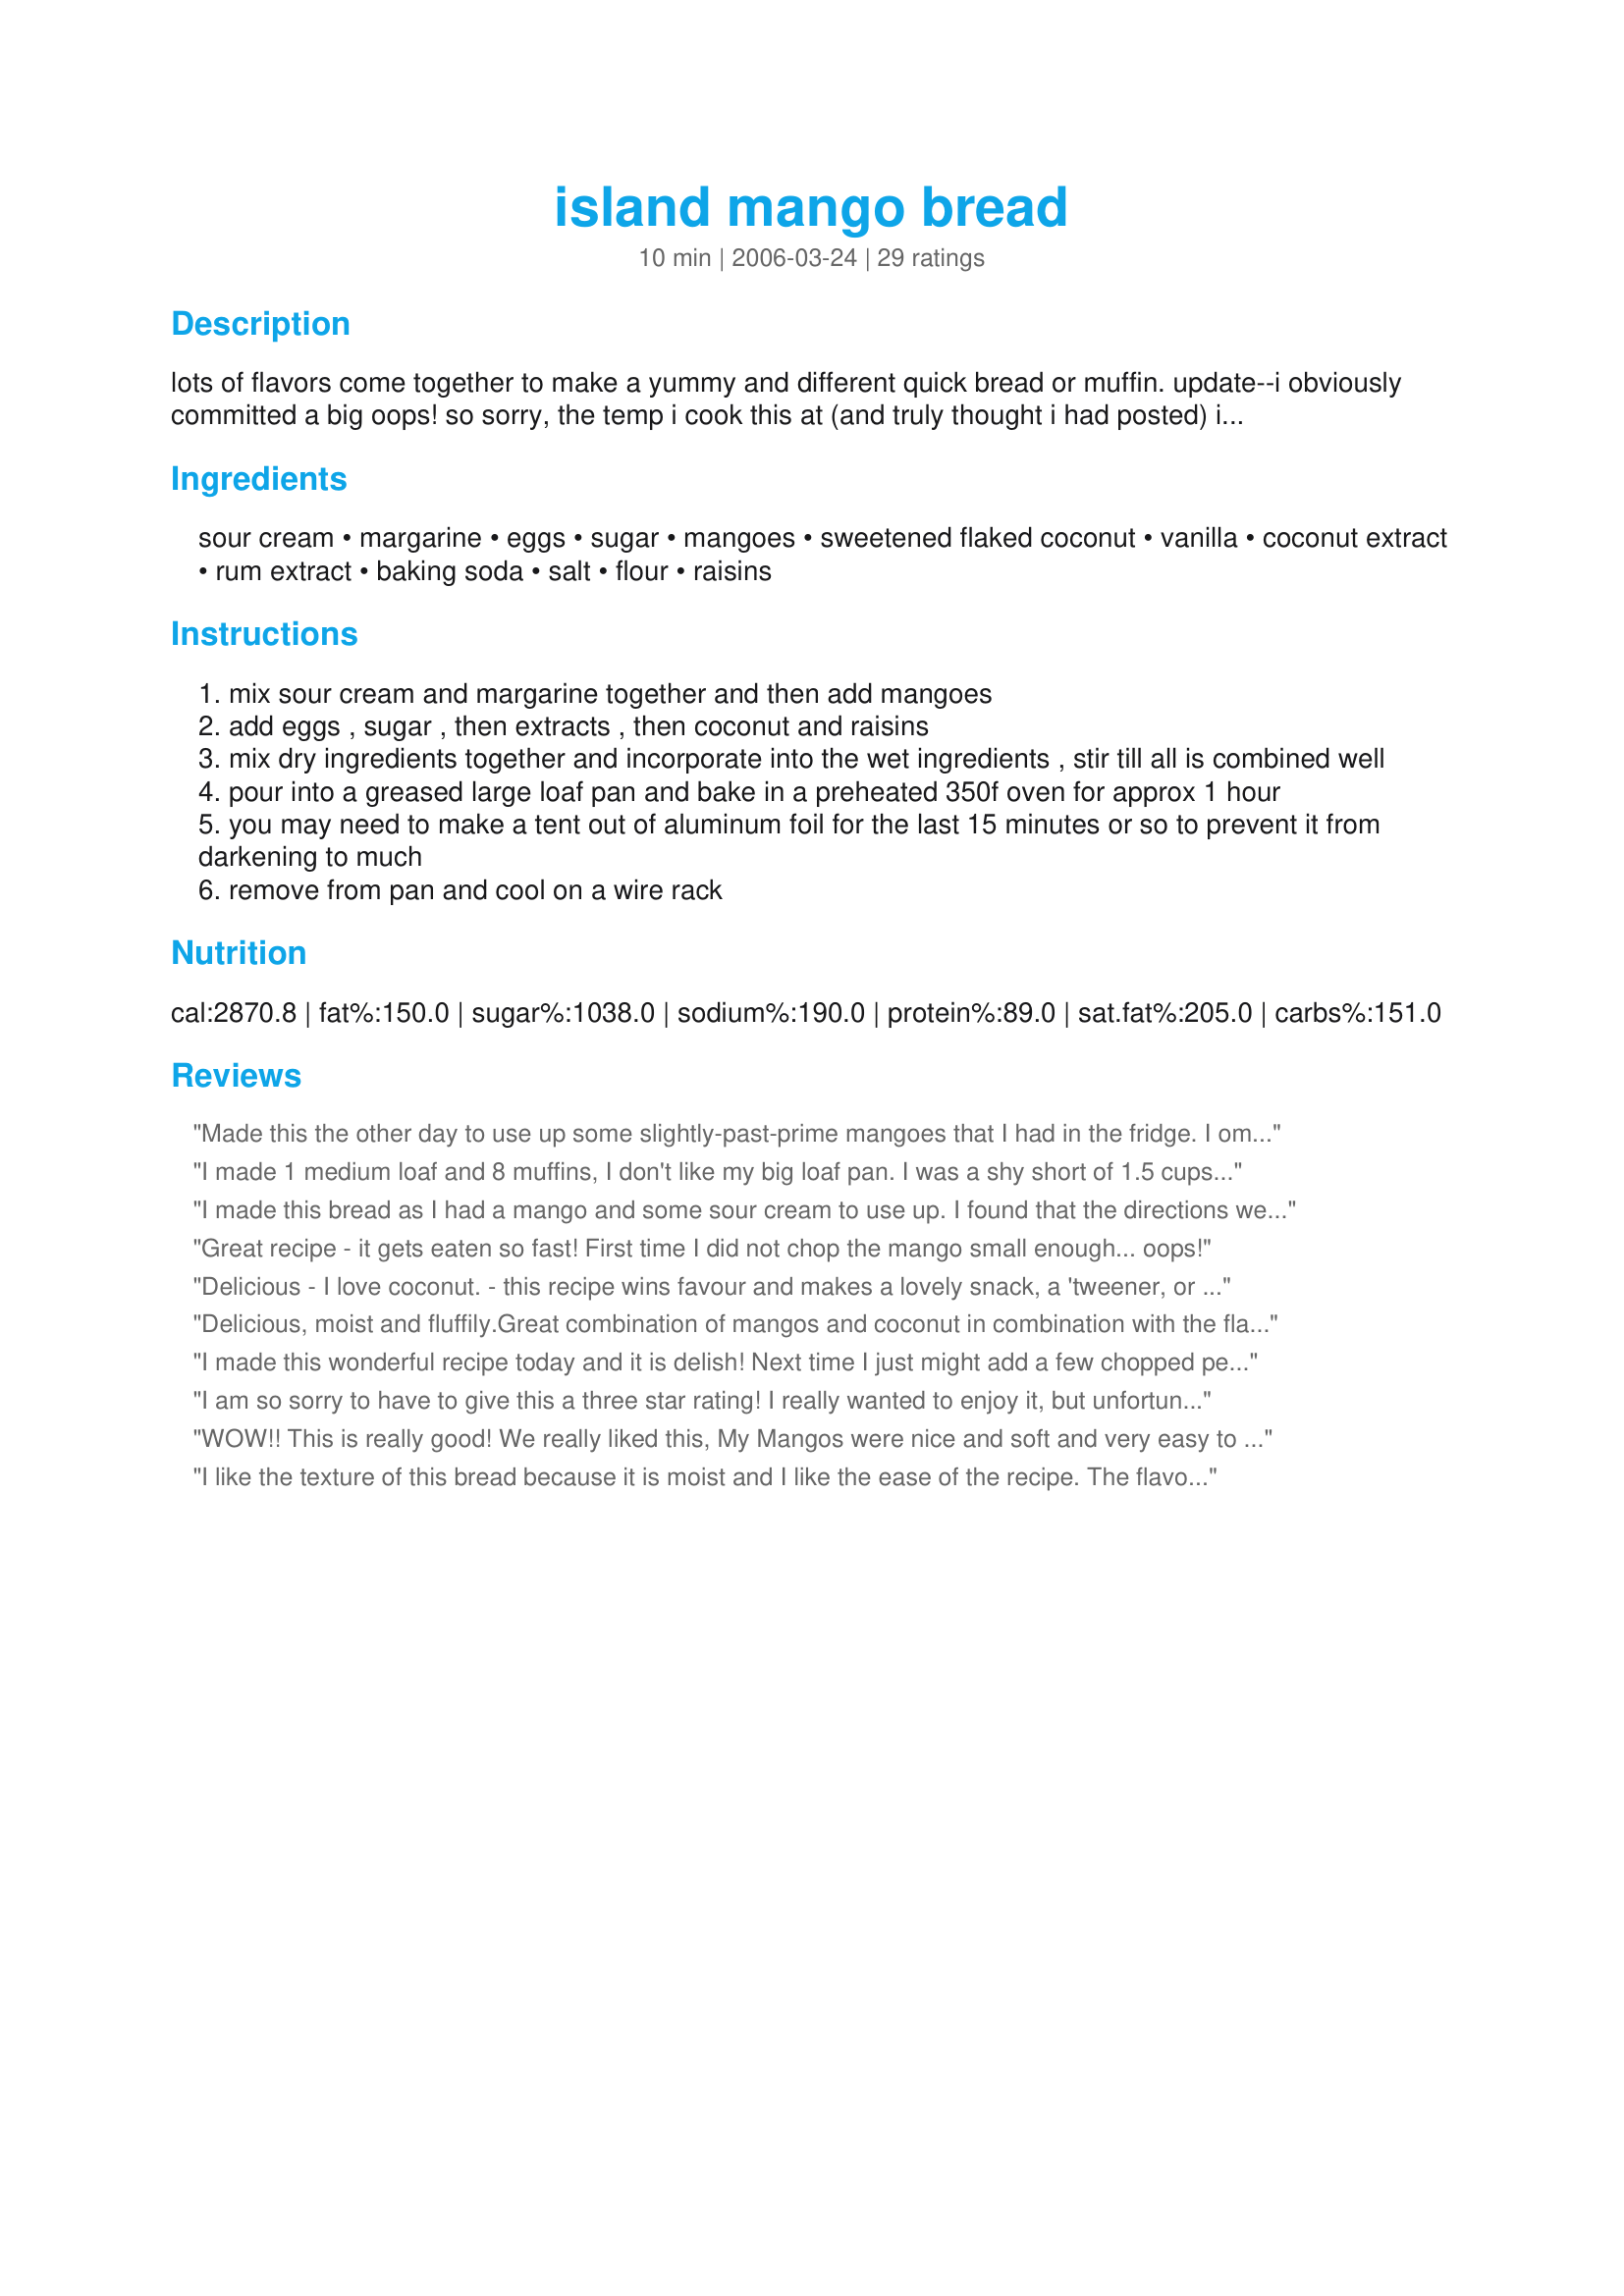
island mango bread
Preparation time: 10 minutes

lots of flavors come together to make a yummy and different quick bread or muffin.

update--i obviously committed a big oops! so sorry, the temp i cook this at (and truly thought i had posted) is 350°f. i am so sorry to have omitted that important fact and hope it didn't ruin the outcome of anyone's bread.

Ingredients:
sour cream, margarine, eggs, sugar, mangoes, sweetened flaked coconut, vanilla, coconut extract, rum extract, baking soda, salt, flour, raisins

Steps:
mix sour cream and margarine together and then add mangoes
add eggs , sugar , then extracts , then coconut and raisins
mix dry ingredients together and incorporate into the wet ingredients , stir till all is combined well
pour into a greased large loaf pan and bake in a preheated 350f oven for approx 1 hour
you may need to make a tent out of aluminum foil for the last 15 minutes or so to prevent it from darkening to much
remove from pan and cool on a wire rack

Reviews:
Made this the other day to use up some slightly-past-prime mangoes that I had in the fridge. I omitted the raisins because I'm not really a fan, and I used some Malibu coconut rum instead of the rum extract (didn't have any). I was a tad worried that it wasn't going to turn out because it looked as though it was threatening to spill over onto the oven rack while it was baking, but it puffed up nicely and turned out just fine. I had to bake it for about 1 hour and 20 minutes for it to be done in the middle, but I didn't have to foil the edges (they browned nicely, but they weren't burnt at all). This was good fresh out of the oven, but it was spectacular the next day -- I toasted thick slices of it in my toaster oven, and spread them with Recipe#404355 -- yum! I'll definitely be making this again when I've got stray mangoes lying around, thanks for posting! Made for the All You Can Cook Buffet tag event
I made 1 medium loaf and 8 muffins, I don't like my big loaf pan. I was a shy short of 1.5 cups mango so I added a very small peach skin and all. I mixed the wet ingredients and let them sit while I showered before I added the dry thinking it might be good for the raisins. Very nice muffin/quick bread thanks! I hope my kids enjoy it for snack time. thanks.
I made this bread as I had a mango and some sour cream to use up. I found that the directions were very vague with this recipe and it seemed that each cook interpret it a different way. I used butter, Splenda instead of sugar, left out the coconut and rum extract (as I didn't have them) and use amber rum. 1-1/2 cups of chopped mango equaled 1 large mango. The bread was very moist and was gone in a day. I did not rate this as I had changed the recipe quite a bit. I would do this recipe again if I had a ripe mango that needed to be used up!!
Great recipe - it gets eaten so fast! First time I did not chop the mango small enough... oops!


Delicious - I love coconut. 
- this recipe wins favour and makes a lovely snack, a 'tweener, or lunch box addition.
- the combination of ingredients in Island Mango Bread was made into muffins, and resulted in a moist, "easy to have more than just one". Well done, Chef. Deserves my favourite Rating, 5 thumbs up.

Delicious, moist and fluffily.Great combination of mangos and coconut in combination with the flavours of vanilla, coconut and rum. I followed the recipe, except that I cut the mango into small cubes (I like to have these little pieces in the bread). The bread was easily to make and my bread needed exactly 1 hour, perfect. The bread is still moist and fluffily, but didn't rise that much in the oven. Maybe I have used the wrong temperature, but as no baking temeparture was given I used 355 F. For the taste I will give 5 stars, for the making 4 stars. For the RSC#8 content I will give 4 stars.
I made this wonderful recipe today and it is delish! Next time I just might add a few chopped pecans to it, although it is tasty just the way the recipe was posted.
I am so sorry to have to give this a three star rating!
I really wanted to enjoy it, but unfortunately it just did not turn out for me.
One major problem was that there was no baking temperature stated in the recipe. So I improvised and tried it at 325. After 45 minutes, the middle was very, very runny and uncooked but the edges were getting brown. So I made the tent out of foil to try to stop it from browning any further on the edges, hoping to get the middle to cook. Unfortunately I had to take the bread out of the oven while the middle was still quite gooey as the outside edges were getting too well done.
The end result was a cake like bread that was too dry on the outside and too gooey in the middle.
I would love to try this again with the proper baking temperature, because the very outside edge pieces that we were able to try tasted quite good.
After the RSC contest I will try to make this again and hopefully have better results!
WOW!! This is really good! We really liked this, My Mangos were nice and soft and very easy to work with. My family loved this, we will be making this often!! Thanks for posting
I like the texture of this bread because it is moist and I like the ease of the recipe. The flavor of it tastes better once it is cool IMHO. I had everything except the rum extract. My family loves this bread and gave this recipe a 5 stars.
My house smelled sooo good while this was cooking. It was a very moist and delicious bread. You did not say at what temperature to cook it, but I used 350. I shared this with a friend who wants a copy of the recipe to use up some mangos that she has.
Thanks for a creative and good recipe! I am sorry that I did not get this made while the contest was still in progress.
I made this with 3 small very over ripe mangos which I pureed with my hand blender. I did not have any sour cream so I used some buttermilk instead. I did not have any rum flavoring or raisins so left them out and added a bit more coconut to make up for the raisins. I made 2 medium loaves which I baked for an hour at 350. The loaves turned out moist, very flavorful and tastey!! Next time I would like to try soaking some raisins in rum and adding them to the batter. This is a marvelous way to use up over ripe mango....if there is any left I am going to freeze a loaf :)!
Made a double batch and got 6 - 3.5x7" loaves......3 had raisins. This recipe is moist and yummy. The coconut really comes through. Although I used all mango, I am clear it could be augmented with banana, peach, nectarine etc if you did not have enough mango. I had to coconut or rum extract so I used vanilla extract and rum. Oh yeah, BUTTER not margarine...taste the difference! One hour was just perfect.
Yummy bread. I used mango puree and mango flavoring and made it into 14 muffins. Baked for about 30 minutes. Also, I usually only have dessicated coconut on hand usually, so I used that. The mango and coconut combo goes on great. next time, I will put a little more of mango food flavoring as the mango taste was not pronounced.
Also added cashews instead of raisins - a substitution suggested by my husband. It was really good.
this my daughters all time favorite
Oh my gosh ! We have a winner. I've been on the hunt for a good mango bread recipe, and have finally found it. I think the rum extract is a good addition for the tropical taste. Nice and moist and flavorful. This would be excellant frozen in batches and heated up with some butter on. Excellant quick bread.
Went fast, very good!
Great recipe and great use of contest ingredients. I followed the directions as stated and it was delicious. I froze the leftovers for a quick snack or a lunch treat for the kids. Good Luck!!
What a divine bread this makes! I love all of the flavors this recipe has and it is a great way to cook mango. I added some walnuts to my bread, I like a lot of texture and this bread has it all! Thanks for sharing =)
Amazing! Everyone loved it! It was easy to make. The flavors were wonderful. I am definitely making it again. Thank you for sharing it.
A delicious, quick, easy recipe! I baked it in muffin tins at 400 degrees for 20 minutes. Adding the mango to the sour cream/margarine mixture (I used butter) is a great idea, it makes a nice light, smooth batter. I prefer chunks of fruit in a muffin. next time I will add half the mango with the sour cream and fold the balance into the batter after step 2. 
Chef - please note the oven temperature is missing from the recipe 
so it is rated a 4****
You are right, a yummy muffin! Great flavours!
I'm glad that I left it a few days before writing this because on day 1 I was't too sure about this recipe. This was because it didn't turn out as expected (I allowed myself to be mislead by the word 'bread' in the title - I know, I should have realised by the other ingredients and reference to muffins). But on day 2 we thought this was wonderful. Very moist and flavoursome. I bet it would make very good muffins too.
Thanks so much for sharing your recipe. This easy to make bread turned out beautifully. It was delicious with a lovely texture, dense, moist and very very flavourful. The mango, raisins and coconut are a wonderful blend. I can't wait to make this again.
This recipe would have got 5 stars if one very important thing wasn't missing - the baking temperature! The cake was moist and really very-nicely flavoured. Two small changes that I don't think compromised the integrity of the recipe. I can't get coconut extract in Greece, so I used almond extract. I realize the cake had less 'tropical' flavour but it was, nonetheless, delicious. Also, my mango was really, REALLY ripe, and did not cut nicely, so I decided to puree it. Worked out fine but probably lent a slightly darker appearance to the cake. I decided to bake it like one of my pound cakes, seeing as no temperature was indicated. I do my cakes at a very low oven temperature, 160C-320F, and my cake took 70 minutes to test 'toothpick clean' at this temp. I did have to tent it for atleast the last 20 minutes of baking with aluminum foil, as the poster suggested. Like I said, chef, wish I could give you that 5 - but I reserve that for the recipes that have everything - great flavour as well as thorough instructions. Good luck.
This bread was amazing!!! I did not include raisins since I don't really like them, but this was the kind of bread I was looking for. It definitely has the "island" flavor! I made two batches and made one regular size loaf and 4 mini loaves to give to friends. I will definitely be making this bread again!!!
I loved the texture of this cake and so did my 2 friends. I loved the taste of the dough and it smelled heavenly while in the oven. However, the main mistake of this recipe is that no oven temperature is mentioned! I cooked mine at 200°C in a fan oven but turned it down after a while to 180°C. The edges are now baked a little bit too well, though. My friends and I also found that the aromas used are overpowering and we couldn't taste the mango. We all liked the cake (and my friends took some of it home) but we wouldn't use the stated amount of aroma next time and we would appreciate an oven temperature.
We loved this bread. I was very impressed with the results. I will make this again.
great recipe, used it for overripe mangoes and added a little toasted coconut glaze on top. thanks!
This recipe made the most wonderful, moist, flavorful muffins ever. I was really scared when I put them in the oven because the rum extract smell was overwhelming. I tasted just a touch of the batter and it tasted really strong in it too. I went ahead and put them in the oven anyway. I ended up making 12 regular size muffins and 12 smaller muffins(only 1/2 full instead of 3/4 full) for the kids snacks. They turned out wonderful and I can hardly taste the rum flavor now. I will make these over and over again. I did not however taste much mango so next time I think I will cut out the raisins and add more mango.
